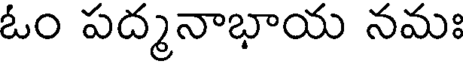
ఓం పద్మనాభాయ నమః